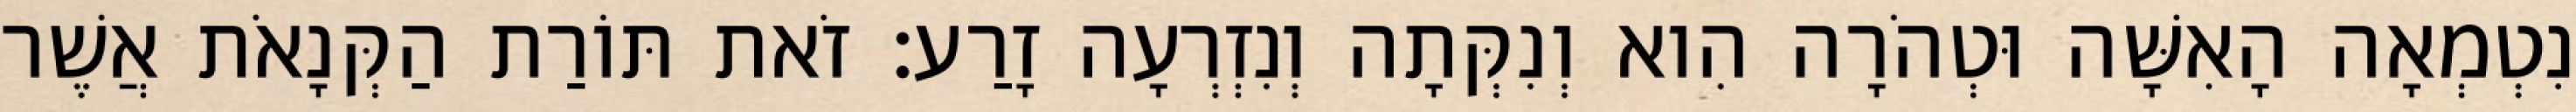
נִטְמְאָה הָאִשָּׁה וּטְהֹרָה הִוא וְנִקְּתָה וְנִזְרְעָה זָרַע׃ זֹאת תּוֹרַת הַקְּנָאֹת אֲשֶׁר